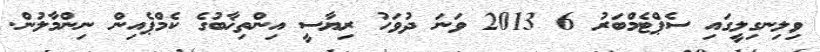
ވިލިނގިލީގައި ސެޕްޓެމްބަރު 6 2013 ވަނަ ދުވަހު ރިޔާސީ އިންތިޚާބުގެ ކެމްޕެއިން ނިންމާލުން.